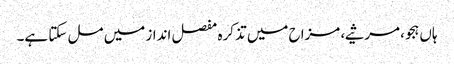
ہاں ہجو، مرثیے، مزاح میں تذکرہ مفصل انداز میں مل سکتا ہے۔